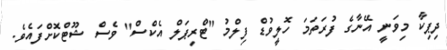
ދިޕިކާ މިވަނީ އޭނާގެ ފުރަތަމަ ހޮލީވުޑް ފިލްމު "ޓްރިޕަލް އެކްސް" ވެސް ޝޫޓްކޮށްފައެވެ.